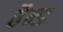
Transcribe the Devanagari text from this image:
हैन्ड